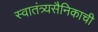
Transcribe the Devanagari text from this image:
स्वातंत्र्यसैनिकाची